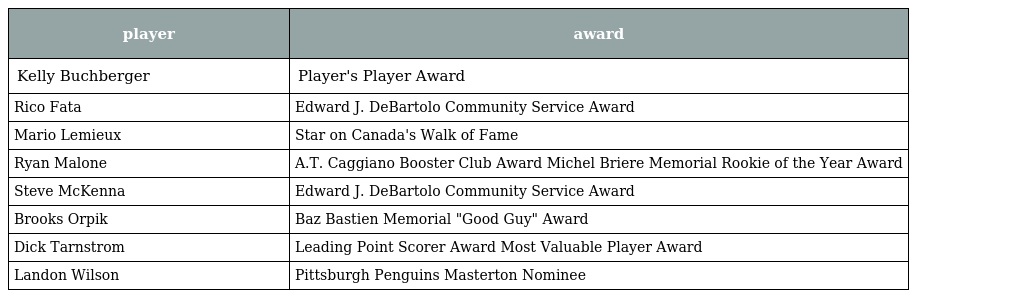
| player | award |
 | --- | --- |
 | Kelly Buchberger | Player's Player Award |
 | Rico Fata | Edward J. DeBartolo Community Service Award |
 | Mario Lemieux | Star on Canada's Walk of Fame |
 | Ryan Malone | A.T. Caggiano Booster Club Award Michel Briere Memorial Rookie of the Year Award |
 | Steve McKenna | Edward J. DeBartolo Community Service Award |
 | Brooks Orpik | Baz Bastien Memorial "Good Guy" Award |
 | Dick Tarnstrom | Leading Point Scorer Award Most Valuable Player Award |
 | Landon Wilson | Pittsburgh Penguins Masterton Nominee |